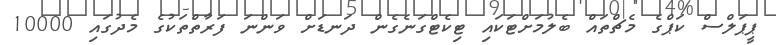
ޕީޕަލްސް ކަޕްގެ މެޗްތައް ބެލުމަށްޓަކައި ޓިކެޓްގަނެގެން ދަނޑަށް ވަންނަ ފަރާތްތަކުގެ މެދުގައި 10000